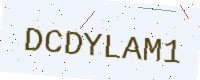
Text: DCDYLAM1